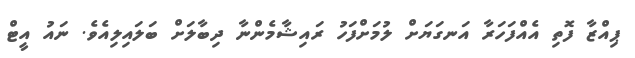
ޕިއްޒާ ފޮތި އެއްފަހަރާ އަނގަޔަށް ލުމަށްފަހު ރައިޝާމެންނާ ދިބާލަށް ބަލައިލިއެވެ. ނައު އީޓް